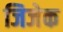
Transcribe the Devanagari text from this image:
जिजेक